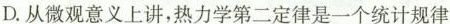
D.从微观意义上讲，热力学第二定律是一个统计规律